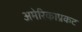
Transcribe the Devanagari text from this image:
अमेरिकाप्रकट